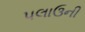
પલાઉની